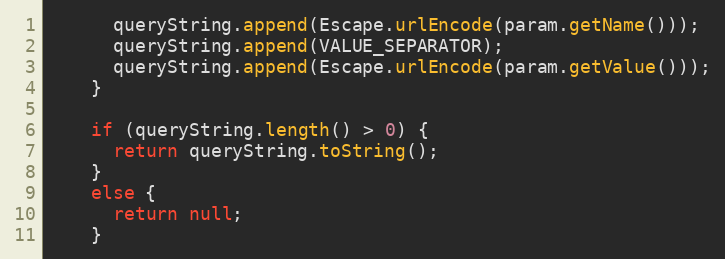
Language: Java
      queryString.append(Escape.urlEncode(param.getName()));
      queryString.append(VALUE_SEPARATOR);
      queryString.append(Escape.urlEncode(param.getValue()));
    }

    if (queryString.length() > 0) {
      return queryString.toString();
    }
    else {
      return null;
    }